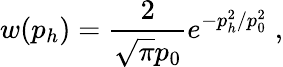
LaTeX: w(p_{h})=\frac{2}{\sqrt{\pi}p_{0}}e^{-p_{h}^{2}/p_{0}^{2}}\; ,